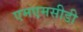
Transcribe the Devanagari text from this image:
एमएमसीडी